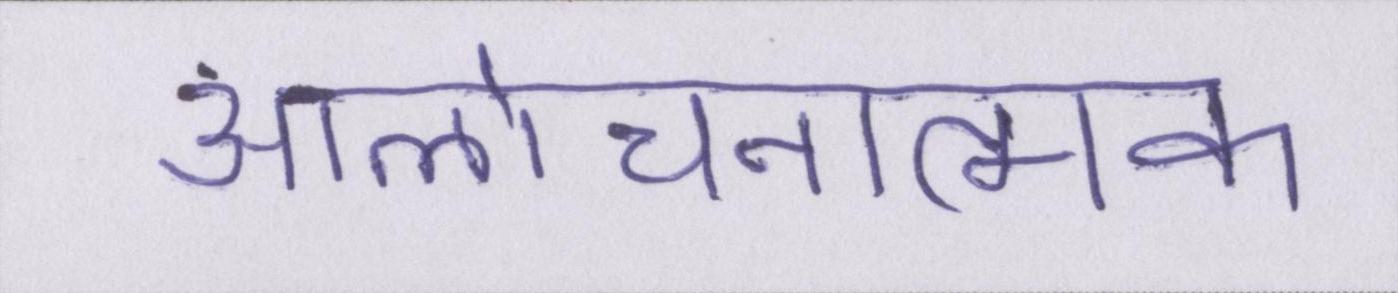
आलोचनात्मक